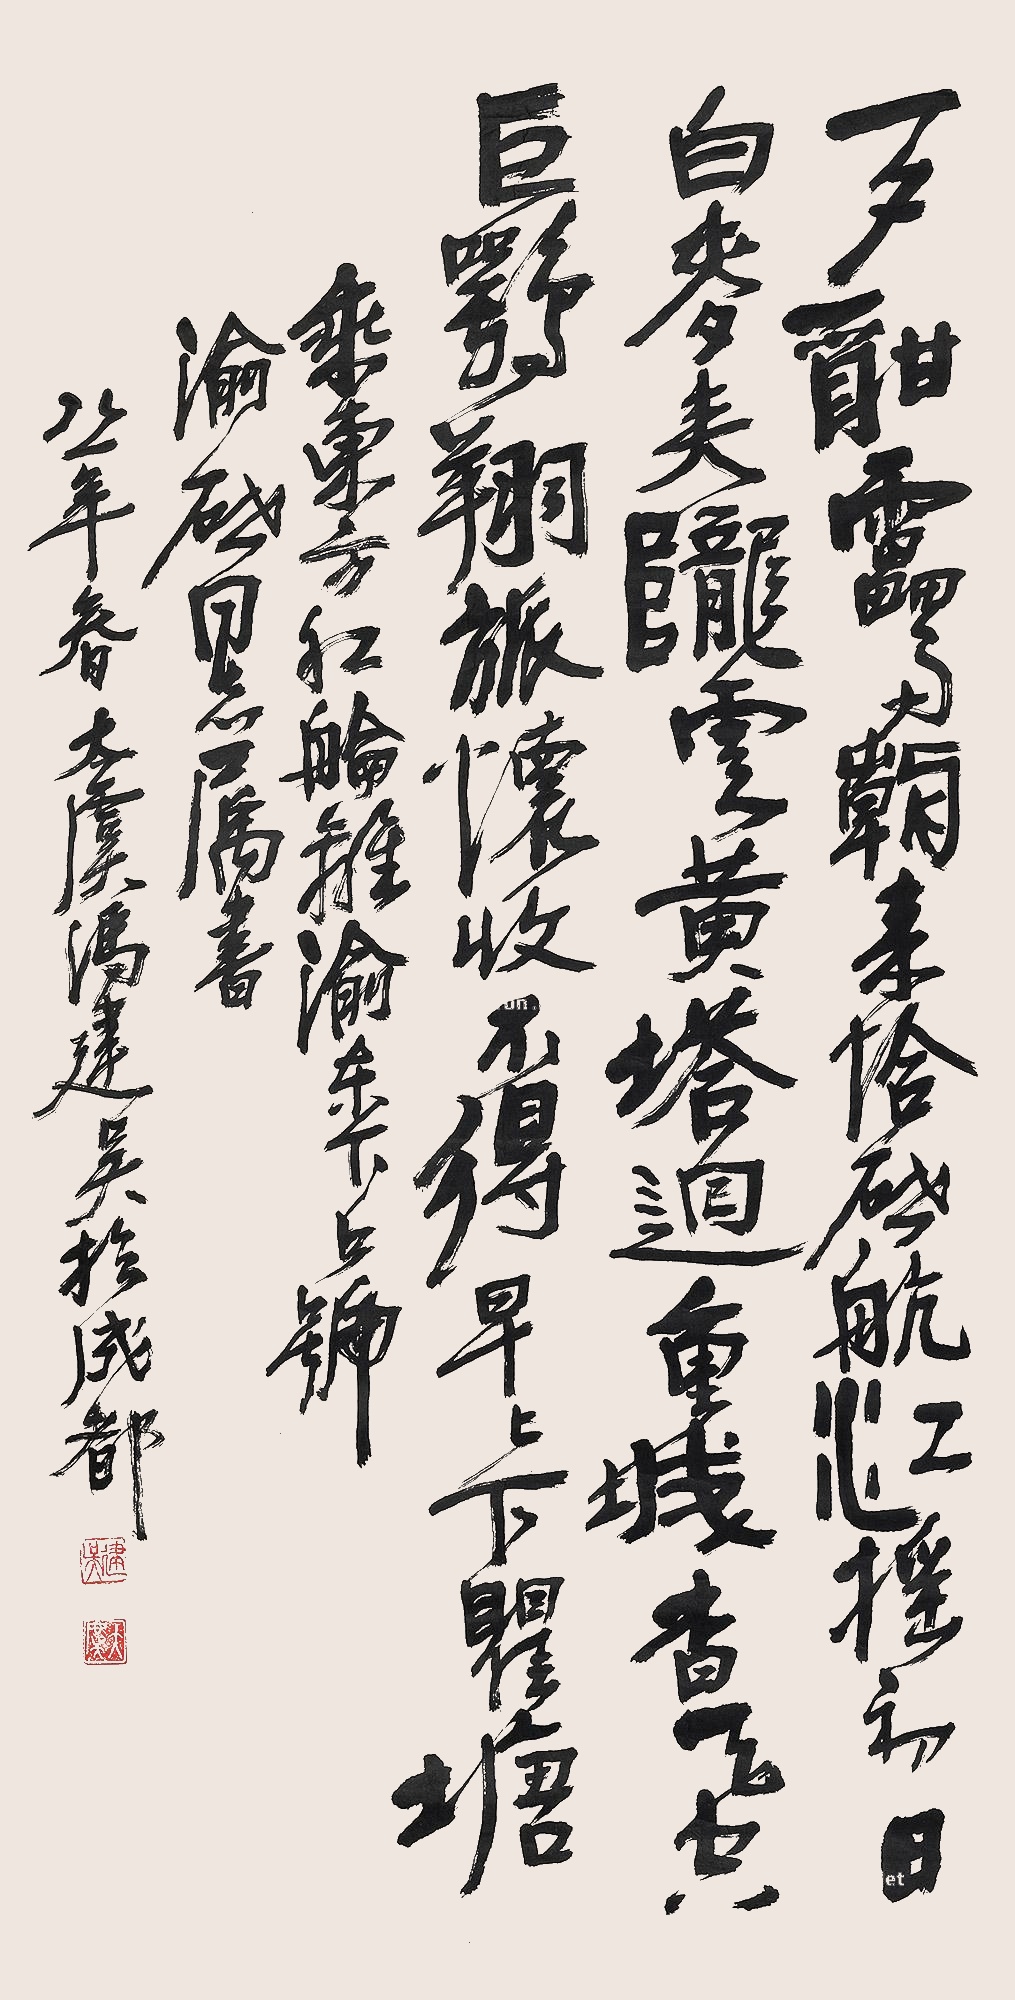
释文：夕酣雷雨朝来拾，启航江摇初日白。麦夹陇云黄塔回，重城杳天空巨鹗。翔旅怀收不得，早上下瞿塘，乘东方红轮离渝东下上号，渝启同志属书。八一年春，太虞冯建吴于成都。